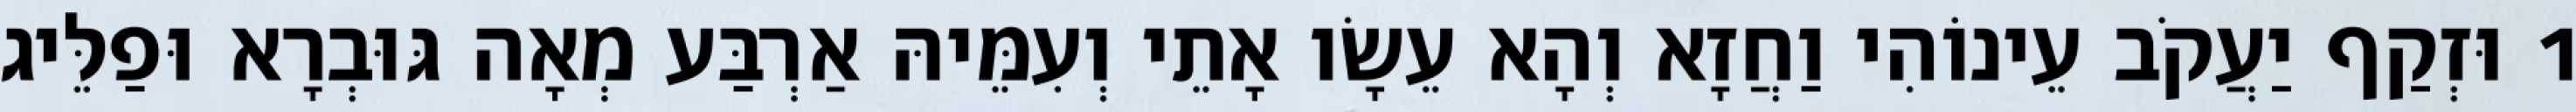
1 וּזְקַף יַעֲקֹב עֵינוֹהִי וַחֲזָא וְהָא עֵשָׂו אָתֵי וְעִמֵּיהּ אַרְבַּע מְאָה גּוּבְרָא וּפַלֵּיג